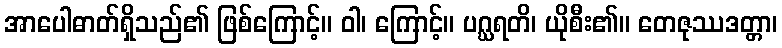
အာပေါဓာတ်ရှိသည်၏ ဖြစ်ကြောင့်။ ဝါ၊ ကြောင့်။ ပဂ္ဃရတိ၊ ယိုစီး၏။ တေဇုဿဒတ္တာ၊